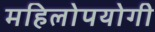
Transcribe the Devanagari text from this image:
महिलोपयोगी